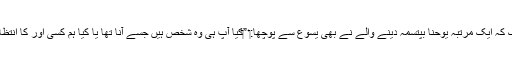
‏ یہاں تک کہ ایک مرتبہ یوحنا بپتسمہ دینے والے نے بھی یسوع سے پوچھا:‏ ”‏کیا آپ ہی وہ شخص ہیں جسے آنا تھا یا کیا ہم کسی اَور کا اِنتظار کریں؟